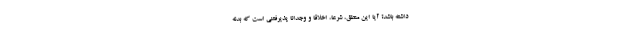
داشته باشد؟ آیا این منطق، شرعا، اخلاقا و وجدانا پذیرفتنی است که بدنه